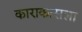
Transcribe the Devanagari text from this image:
काराकासला